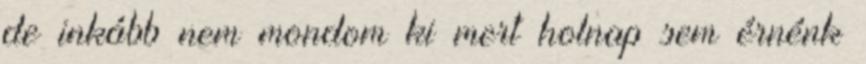
de inkább nem mondom ki mert holnap sem érnénk